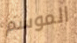
الموسم